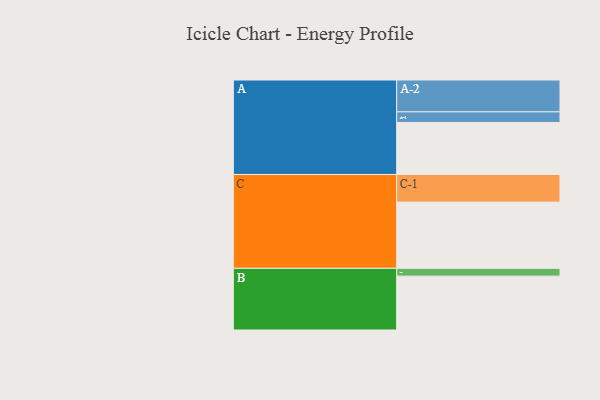
{"axis": {"x": "Segment", "y": "Value"}, "legend": ["", "A", "B", "C"], "data": [{"x": "A", "y": 333, "type": ""}, {"x": "B", "y": 345, "type": ""}, {"x": "C", "y": 424, "type": ""}, {"x": "A-1", "y": 68, "type": "A"}, {"x": "A-2", "y": 204, "type": "A"}, {"x": "B-1", "y": 50, "type": "B"}, {"x": "C-1", "y": 177, "type": "C"}]}